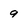
Character: 9